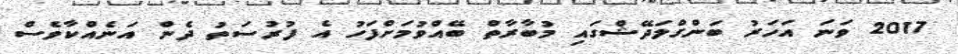
2017 ވަނަ އަހަރު ބަންގްލަދޭޝްގައި މުބާރާތް ބޭއްވުމަށްފަހު އެ ފުރުސަތު ދެން އަނެއްކާވެސް